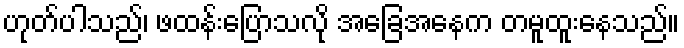
ဟုတ်ပါသည်၊ ဖထန်းပြောသလို အခြေအနေက တမူထူးနေသည်။